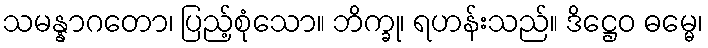
သမန္နာဂတော၊ ပြည့်စုံသော။ ဘိက္ခု၊ ရဟန်းသည်။ ဒိဋ္ဌေဝ ဓမ္မေ၊